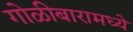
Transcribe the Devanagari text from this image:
गोळीबारामध्ये